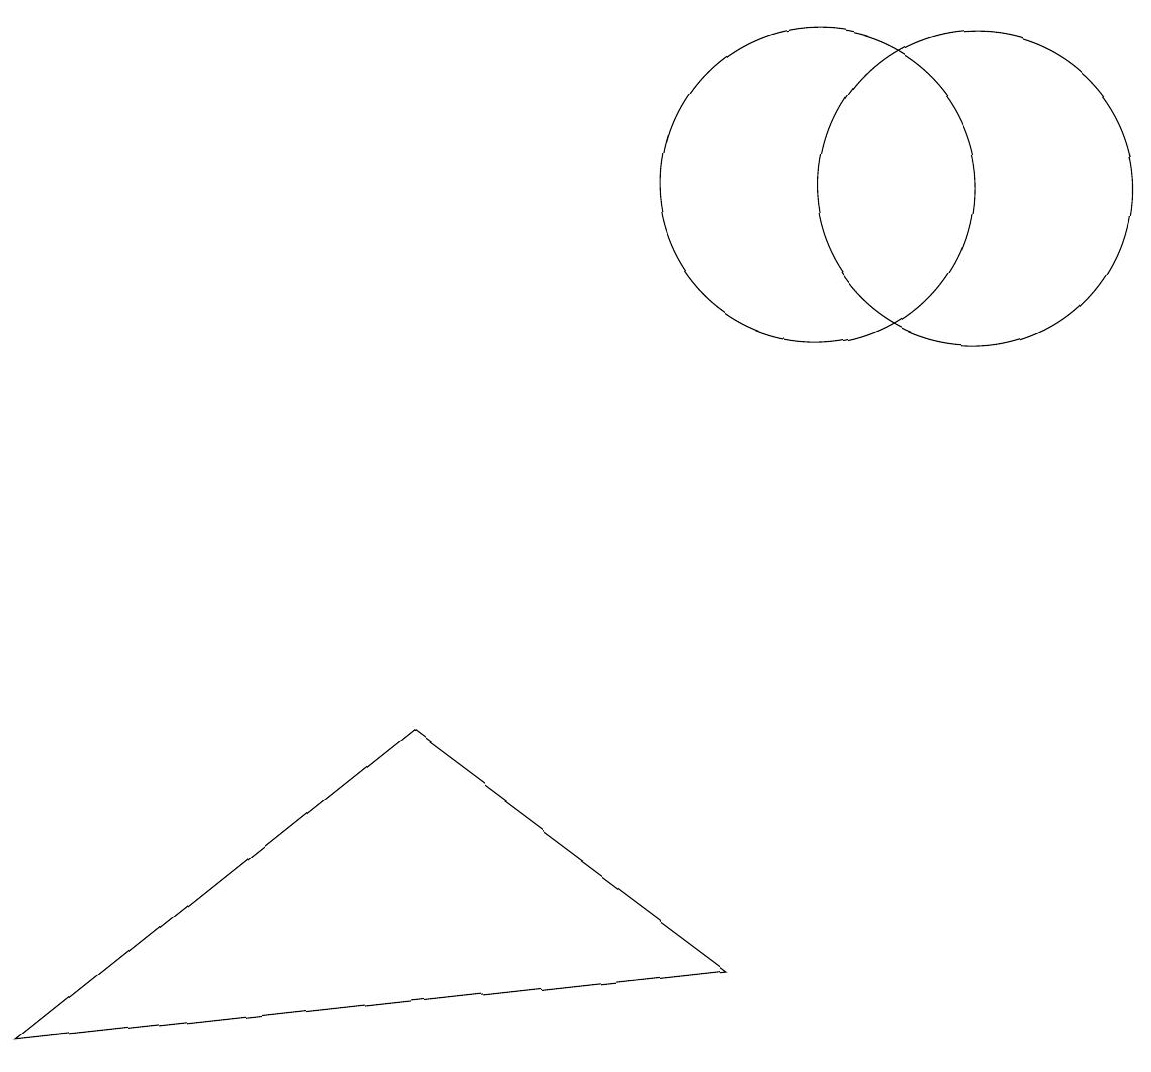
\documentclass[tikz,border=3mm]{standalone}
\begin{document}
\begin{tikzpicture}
\draw (12,11) circle (2);
\draw (9,1) -- (0,0) -- (5,4) -- cycle;
\draw (10,11) circle (2);
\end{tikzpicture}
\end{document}